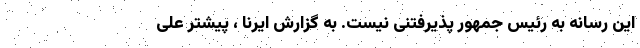
این رسانه به رئیس جمهور پذیرفتنی نیست. به گزارش ایرنا ، پیشتر علی